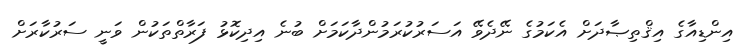
އިންޑިއާގެ އިޤްތިޞާދަށް އެކަމުގެ ނޭދެވޭ އަސަރުކުރަމުންދާކަމަށް ބުނެ އިދިކޮޅު ފަރާތްތަކުން ވަނީ ސަރުކާރަށް